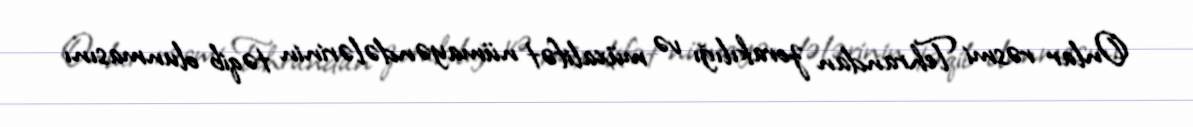
Onlar rəsmi Tehrandan zorakılığı və müxalifət nümayəndələrinin təqib olunmasını